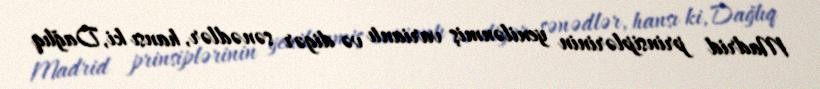
Madrid prinsiplərinin yenilənmiş variantı və digər sənədlər, hansı ki, Dağlıq